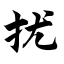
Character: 扰